Medical and sanitary report of the native army of Madras for the year
Year: 1878
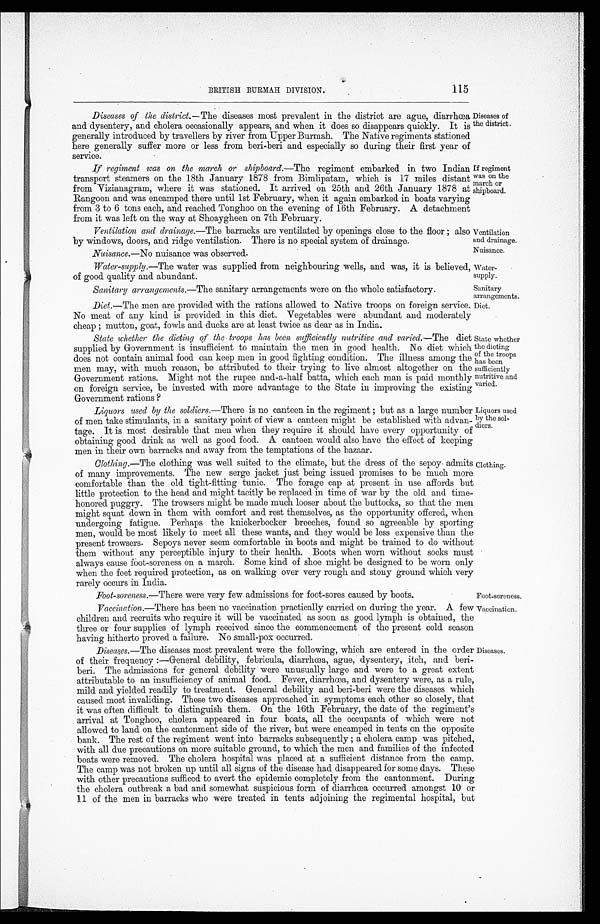
Nuisance.—No nuisance was observed.
Nuisance.
Water
-supply.
Sanitary
arrangements.
Diet.
State whether
the dieting
of the troops
has been sufficiently
nutritive and
varied.
Liquors used
by the sol
-diers.
BRITISH BURMAH DIVISION.
115
Diseases of the district.— The diseases most prevalent in the district are ague, diarrhea
and dysentery, and cholera occasionally appears, and when it does so disappears quickly. It is
generally introduced by travellers by river from Upper Burmah. The Native regiments stationed
here generally suffer more or less from beri-beri and especially so during their first year of
s e r v i c e .
If regiment was on the march or shipboard.— The regiment embarked in two Indian
transport steamers on the 18th January 1878 from Bimlipatam, which is 17 miles distant
from Vizianagram, where it was stationed. It arrived on 25th and 26th January 1878 at
Rangoon and was encamped there until 1st February, when it again embarked in boats varying
from 3 to 6 tons each, and reached Tonghoo on the evening of 16th February. A detachment
from it was left on the way at Shoaygheen on 7th February.
Ventilation and drainage.— The barracks are ventilated by openings close to the floor ; also
by windows_doors and ridge ventilation. There is no specia1 system of drainage.
Diseases of
the district.
If regiment
was on the
march or
shipboard.
Ventilation
and drainage.
Water-supply.- The water was supplied from neighbouring wells, and was, it is believed,
of good quality and abundant.
Sanitary arrangements.— The sanitary arrangements were on the whole satisfactory.
Diet.—The men are provided with the rations allowed to Native troops on foreign service
No meat of any kind is provided in this diet. Vegetables were abundant and moderately
cheap ; mutton, goat, fowls and ducks are at least twice as dear as in India.
State whether the dieting of the troops has been sufficiently nutritive and varied.— The diet
supplied by Government is insufficient to maintain the men in good health. No diet which
does not contain animal food can keep men in good fighting condition. The illness among the
men may, with much reason, be attributed to their trying to live almost altogether on the
Government rations. Might not the rupee and-a-half batta, which each man is paid monthly
on foreign service, be invested with more advantage to the State in improving the existing
Government rations?
Liquors used by the soldiers.— There is no canteen in the regiment ; but as a large number
of men take stimulants, in a sanitary point of view a canteen might be established with advan
-tage. It is most desirable that men when they require it should have every opportunity of
obtaining good drink as well as good food. A canteen would also have the effect of keepin
g men in their own barracks and away from t
h e t e m p t a t i o n s o f t h e b a z a a r .
Clothing.— The clothing was well suited to the climate, but the dress of the sepoy admits
of many improvements. The new serge jacket just being issued promises to be much more
comfortable than the old tight-fitting tunic. The forage cap at present in use affords but
little protection to the head and might tacitly be replaced in time of war by the old and time
-honored puggry. The trowsers might be made much looser about the buttocks, so that the men
might squat down in them with comfort and rest themselves, as the opportunity offered, when
undergoing fatigue. Perhaps the knickerbocker breeches, found so agreeable by sporting
men, would be most likely to meet all these wants, and they would be less expensive than the
present trowsers. Sepoys never seem comfortable in boots and might be trained to do without
them without any perceptible injury to their health. Boots when worn without socks must
always cause foot-soreness on a march. Some kind of shoe might be designed to be worn only
when the feet required protection, as on walking over very rough and stony ground which very
rarely occurs in India.
Clothing.
Foot-soreness.— There were very few admissions for foot-sores caused by boots.
Foot-soreness.
Vaccination.— There has been no vaccination practically carried on during the year. A few
children and recruits who require it will be vaccinated as soon as good lymph is obtained, the
three or four supplies of lymph received since the commencement of the present cold season
having hitherto proved a failure. No small-pox occurred.
Diseases.— The diseases most prevalent were the following, which are entered in the order
of their frequency :—General debility, febricula, diarrhœa, ague, dysentery, itch, and beri
-beri. The admissions for general debility were unusually large and were to a great extent
attributable to an insufficiency of animal food. Fever, diarrhœa, and dysentery were, as a rule,
mild and yielded readily to treatment. General debility and beri-beri were the diseases which
caused most invaliding. These two diseases approached in symptoms each other so closely, that
it was often difficult to distinguish them. On the 16th February, the date of the regiment's
arrival at Tonghoo, cholera appeared in four boats, all the occupants of which were not
allowed to land on the cantonment side of the river, but were encamped in tents on the opposite
bank. The rest of the regiment went into barracks subsequently ; a cholera camp was pitched,
with all due precautions on more suitable ground, to which the men and families of the infected
boats were removed. The cholera hospital was placed at a sufficient distance from the camp.
The camp was not broken up until all signs of the disease had disappeared for some days. These
with other precautions sufficed to avert the epidemic completely from the cantonment. During
the cholera outbreak a bad and somewhat suspicious form of diarrhœa occurred amongst 10 or
11 of the men in barracks who were treated in tents adjoining the regimental hospital, but
Vaccination.
Diseases.